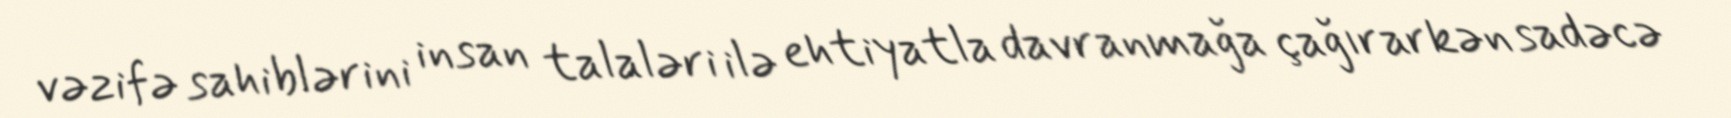
vəzifə sahiblərini insan talaləri ilə ehtiyatla davranmağa çağırarkən sadəcə